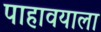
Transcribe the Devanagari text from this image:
पाहावयाला